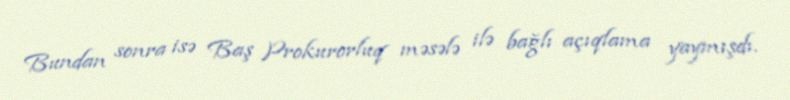
Bundan sonra isə Baş Prokurorluq məsələ ilə bağlı açıqlama yaymışdı.